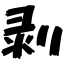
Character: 剥